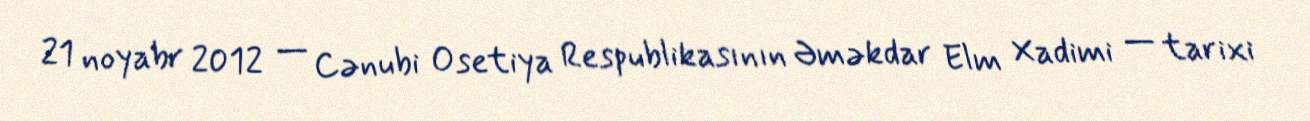
21 noyabr 2012 — Cənubi Osetiya Respublikasının Əməkdar Elm Xadimi — tarixi